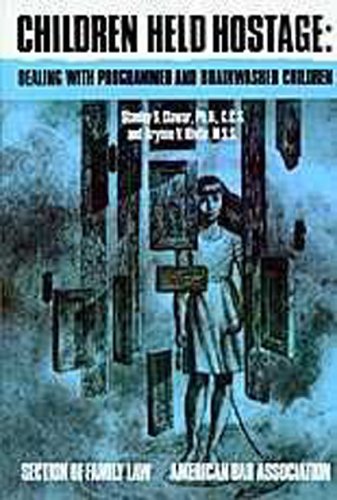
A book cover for Children Held Hostage; Stanley S. Clawar; Law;